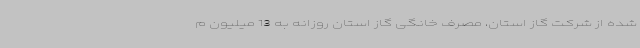
شده از شرکت گاز استان، مصرف خانگی گاز استان روزانه به 13 میلیون م